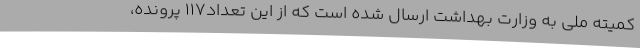
کمیته ملی به وزارت بهداشت ارسال شده است که از این تعداد117 پرونده،